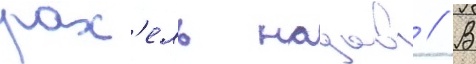
рах'ель надав // В